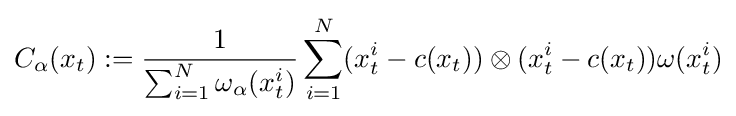
C_{\alpha }(x_{t}):={\frac {1}{\sum _{i=1}^{N}\omega _{\alpha }(x_{t}^{i})}}\sum _{i=1}^{N}(x_{t}^{i}-c(x_{t}))\otimes (x_{t}^{i}-c(x_{t}))\omega (x_{t}^{i})